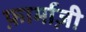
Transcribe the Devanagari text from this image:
फ़ार्माज़ी